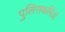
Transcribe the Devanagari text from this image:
पुलिसकर्मियों